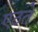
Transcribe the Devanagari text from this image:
एठते